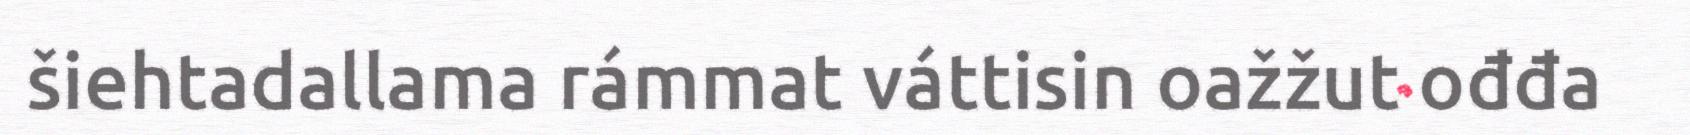
šiehtadallama rámmat váttisin oažžut ođđa